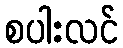
စပါးလင်